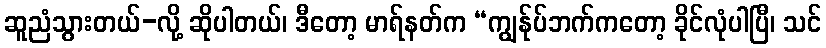
ဆူညံသွားတယ်-လို့ ဆိုပါတယ်၊ ဒီတော့ မာရ်နတ်က “ကျွန်ုပ်ဘက်ကတော့ ခိုင်လုံပါပြီ၊ သင်